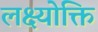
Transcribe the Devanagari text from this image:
लक्ष्योक्ति